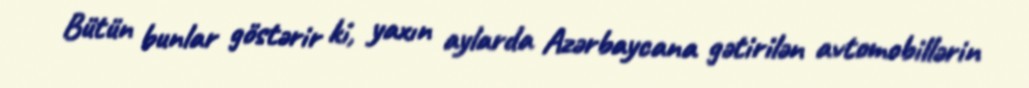
Bütün bunlar göstərir ki, yaxın aylarda Azərbaycana gətirilən avtomobillərin